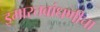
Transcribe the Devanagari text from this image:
इमारतबांधणीचा